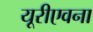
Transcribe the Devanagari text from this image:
यूरीएवना